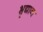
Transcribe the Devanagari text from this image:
भृद्यान